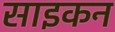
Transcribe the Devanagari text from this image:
साइकन